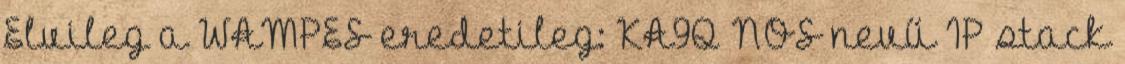
Elvileg a WAMPES eredetileg: KA9Q NOS nevű IP stack